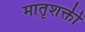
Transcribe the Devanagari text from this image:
मातृशक्ती